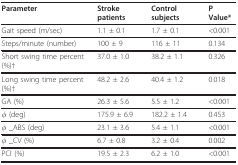
<table><thead><tr><td><b>Parameter</b></td><td><b>Stroke patients</b></td><td><b>Control subjects</b></td><td><b>P Value*</b></td></tr></thead><tbody><tr><td>Gait speed (m/sec)</td><td>1.1 ± 0.1</td><td>1.7 ± 0.1</td><td>&lt;0.001</td></tr><tr><td>Steps/minute (number)</td><td>100 ± 9</td><td>116 ± 11</td><td>0.134</td></tr><tr><td>Short swing time percent (%)†</td><td>37.0 ± 1.0</td><td>38.2 ± 1.1</td><td>0.326</td></tr><tr><td>Long swing time percent (%)†</td><td>48.2 ± 2.6</td><td>40.4 ± 1.2</td><td>0.018</td></tr><tr><td>GA (%)</td><td>26.3 ± 5.6</td><td>5.5 ± 1.2</td><td>&lt;0.001</td></tr><tr><td>φ (deg)</td><td>175.9 ± 6.9</td><td>182.2 ± 1.4</td><td>0.453</td></tr><tr><td>φ _ABS (deg)</td><td>23.1 ± 3.6</td><td>5.4 ± 1.1</td><td>&lt;0.001</td></tr><tr><td>φ _CV (%)</td><td>6.7 ± 0.8</td><td>3.2 ± 0.4</td><td>0.002</td></tr><tr><td>PCI (%)</td><td>19.5 ± 2.3</td><td>6.2 ± 1.0</td><td>&lt;0.001</td></tr></tbody></table>